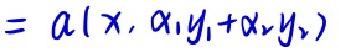
$= a(x,\alpha_1y_1 + \alpha_2y_2)$